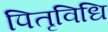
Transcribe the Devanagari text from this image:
पितृविधि